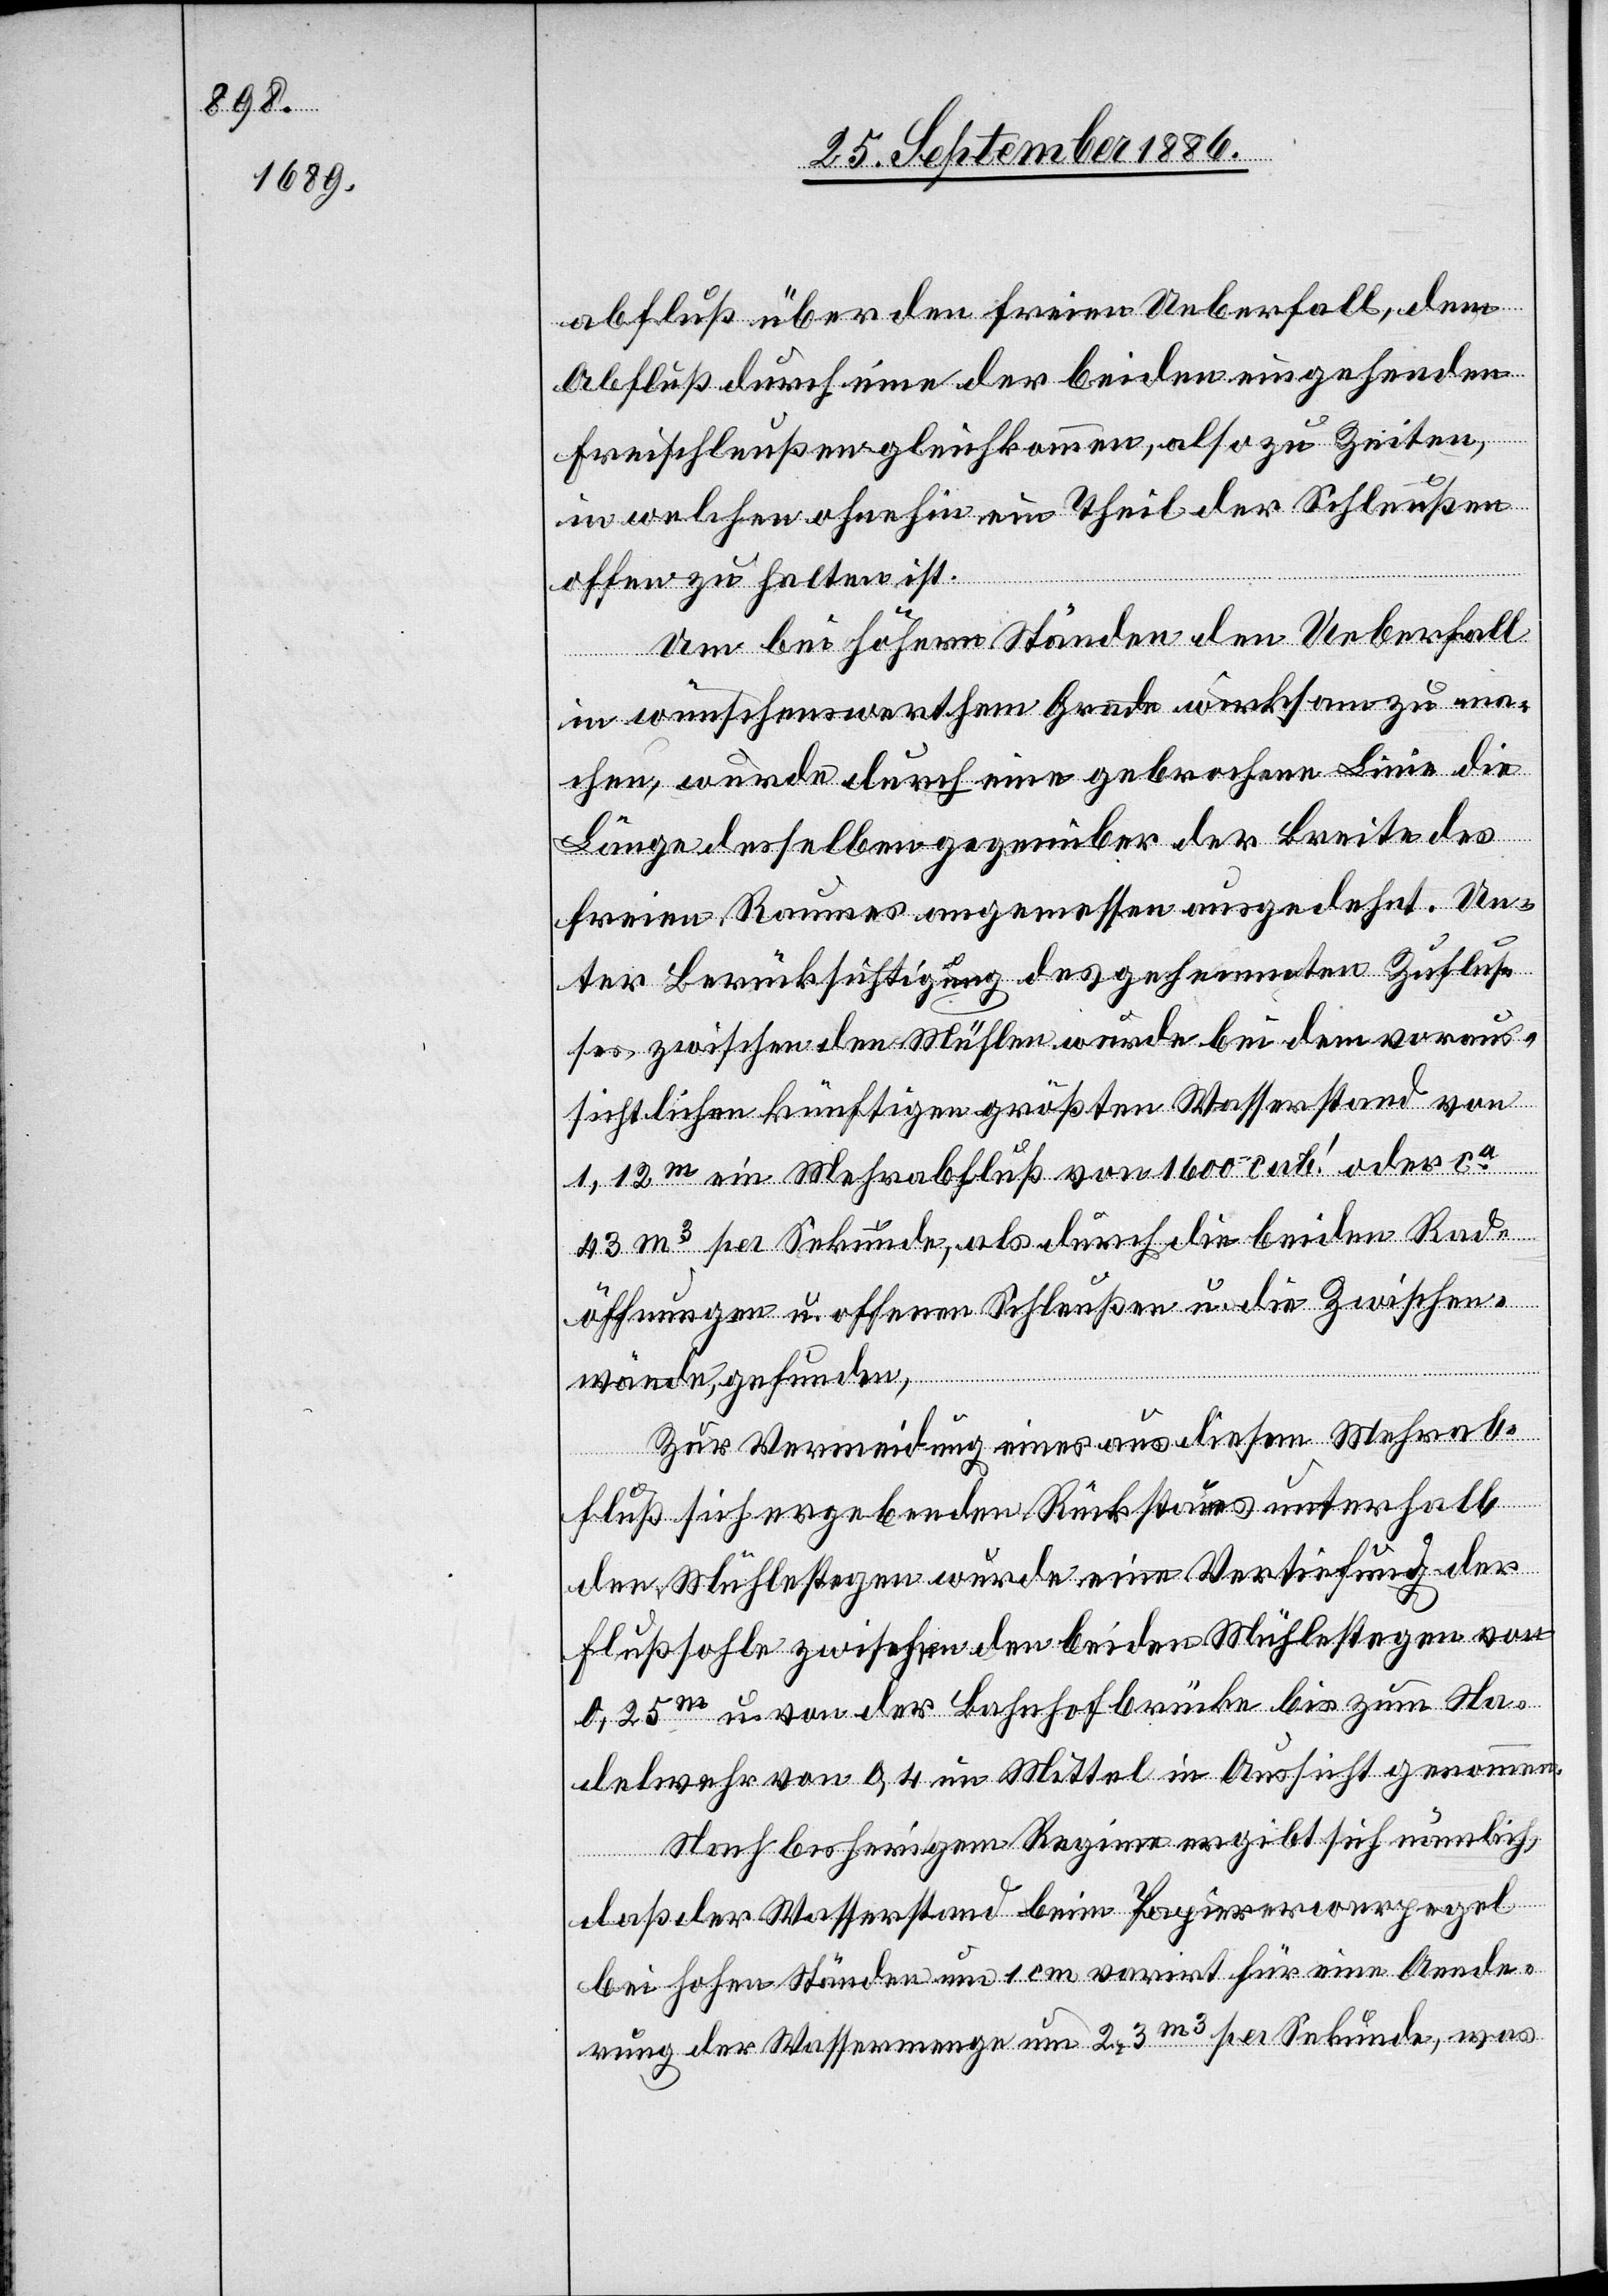
abfluß über den freien Ueberfall, dem
Abfluß durch eine der beiden eingehenden
Freischleußen gleichkommen, also zu Zeiten,
in welchen ohnehin ein Theil der Schleußen
offen zu halten ist.
Um bei höhern Ständen den Ueberfall
in wünschenswerthem Grade wirksam zu ma¬
chen, wurde durch eine gebrochene Linie die
Länge desselben gegenüber der Breite des
freien Raumes angemessen ausgedehnt. Un¬
ter Berücksichtigung des gehemmten Zuflus¬
ses zwischen den Mühlen wurde bei dem voraus¬
sichtlichen künftigen größten Wasserstand von
1,12m ein Mehrabfluß von 1600 cub.ʿ oder ca
43m3 per Sekunde, als durch die beiden Rad¬
öffnungen u. offenen Schleußen u. die Zwischen¬
wände, gefunden.
Zur Vermeidung eines aus diesem Mehrab¬
fluß sich ergebenden Rückstaues unterhalb
den Mühlestegen wurde eine Vertiefung der
Flußsohle zwischen den beiden Mühlestegen von
0,25m u. von der Bahnhofbrücke bis zum Na¬
delwehr von 0,4 im Mittel in Aussicht genommen.
Nach bisherigem Regime ergibt sich nämlich,
daß der Wasserstand beim Papierer[?wer]pegel
bei hohen Ständen um 1 cm varirt für eine Aende¬
rung der Wassermenge um 2,3m3 per Sekunde, was